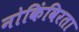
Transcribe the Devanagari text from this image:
नोकिंविरता